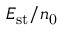
E _ { \mathrm { s t } } / n _ { \mathrm { 0 } }